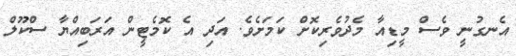
އެނގުނީ ވެސް މީޑިއާ މެދުވެރިކޮށް ކަމަށެވެ. އަދި އެ ކޮމެޓީން އަރަބިއްޔާ ސްކޫލް